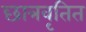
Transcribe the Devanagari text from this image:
छात्रवृतित